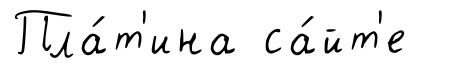
Пла́т'ина са́йт'е